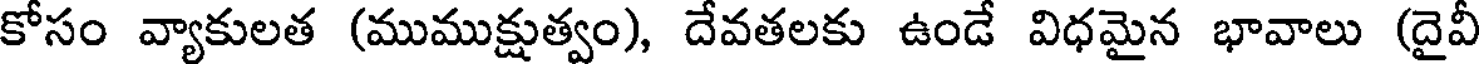
కోసం వ్యాకులత (ముముక్షుత్వం), దేవతలకు ఉండే విధమైన భావాలు (దైవీ